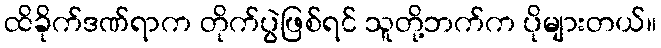
ထိခိုက်ဒဏ်ရာက တိုက်ပွဲဖြစ်ရင် သူတို့ဘက်က ပိုများတယ်။